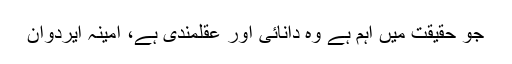
جو حقیقت میں اہم ہے وہ دانائی اور عقلمندی ہے، امینہ ایردوان